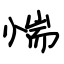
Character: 惴